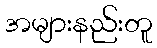
အများနည်းတူ